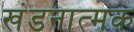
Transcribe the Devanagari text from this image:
खंडनात्मक